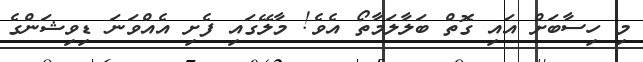
މި ހިސާބަށް އައި ގޮތް ބަލާލަމާތޯ އެވެ! މާލޭގައި ފެށި އެއްވަނަ ޑިވިޝަންގެ